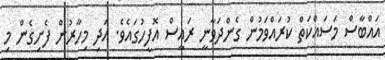
އައްބާސް މަސައްކަތް ކުރައްވަމުން ގެންދަވާނީ ރައީސް އޮފީހުގައެވެ. އަދި މިހާރުން ފެށިގެން މި